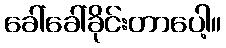
ခေါ်ခေါ်ခိုင်းတာပေါ့။